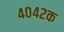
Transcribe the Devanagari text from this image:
४०४२क